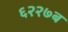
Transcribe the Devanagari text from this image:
६२२७ब